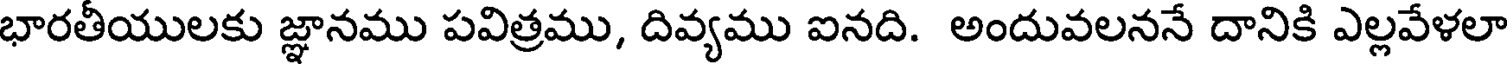
భారతీయులకు జ్ఞానము పవిత్రము, దివ్యము ఐనది. అందువలననే దానికి ఎల్లవేళలా